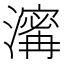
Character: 𤀑